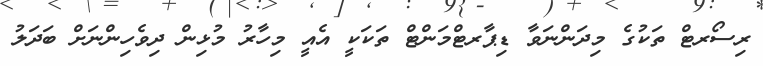
ރިސޯރޓް ތަކުގެ މިދަންނަވާ ޑިޕާރޓްމަންޓް ތަކަކީ އެއީ މިހާރު މުޅިން ދިވެހިންނަށް ބަދަލު